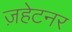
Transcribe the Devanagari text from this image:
ज़हेटनर